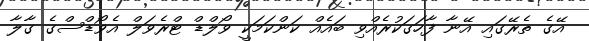
އޭގެ ތެރޭގައި އޭނާ ފާހަގަކުރެއްވި ބައެއް ކަންކަމަކީ ވޯލްޑް ޓްރެވަލް އެވޯޑްސްގެ ގާލާ